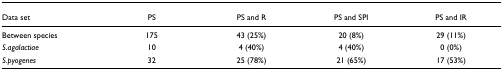
<table><thead><tr><td><b>Data set</b></td><td><b>PS</b></td><td><b>PS and R</b></td><td><b>PS and SPI</b></td><td><b>PS and IR</b></td></tr></thead><tbody><tr><td>Between species</td><td>175</td><td>43 (25%)</td><td>20 (8%)</td><td>29 (11%)</td></tr><tr><td><i>S</i>.<i>agalactiae</i></td><td>10</td><td>4 (40%)</td><td>4 (40%)</td><td>0 (0%)</td></tr><tr><td><i>S</i>.<i>pyogenes</i></td><td>32</td><td>25 (78%)</td><td>21 (65%)</td><td>17 (53%)</td></tr></tbody></table>